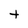
Character: t